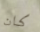
كان